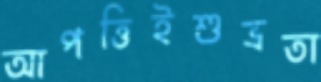
আপত্তিইশুভ্রতা